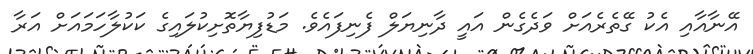
އޭނާއާއި އެކު ގޭތެރެއަށް ވަދެގެން އައީ ދާނިޔަލް ފެނިފައެވެ. މަޑުފިޔާތޮށިކުލައިގެ ކަކުލާހަމައަށް އަރާ